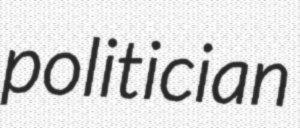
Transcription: politician